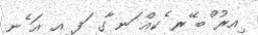
ިއރު ްބ ޭރ ެކއް ަނ ާގ ަފ ިއ އަ ެނ